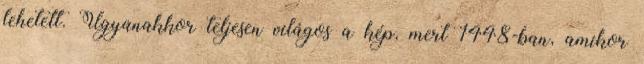
lehetett. Ugyanakkor teljesen világos a kép, mert 1448-ban, amikor